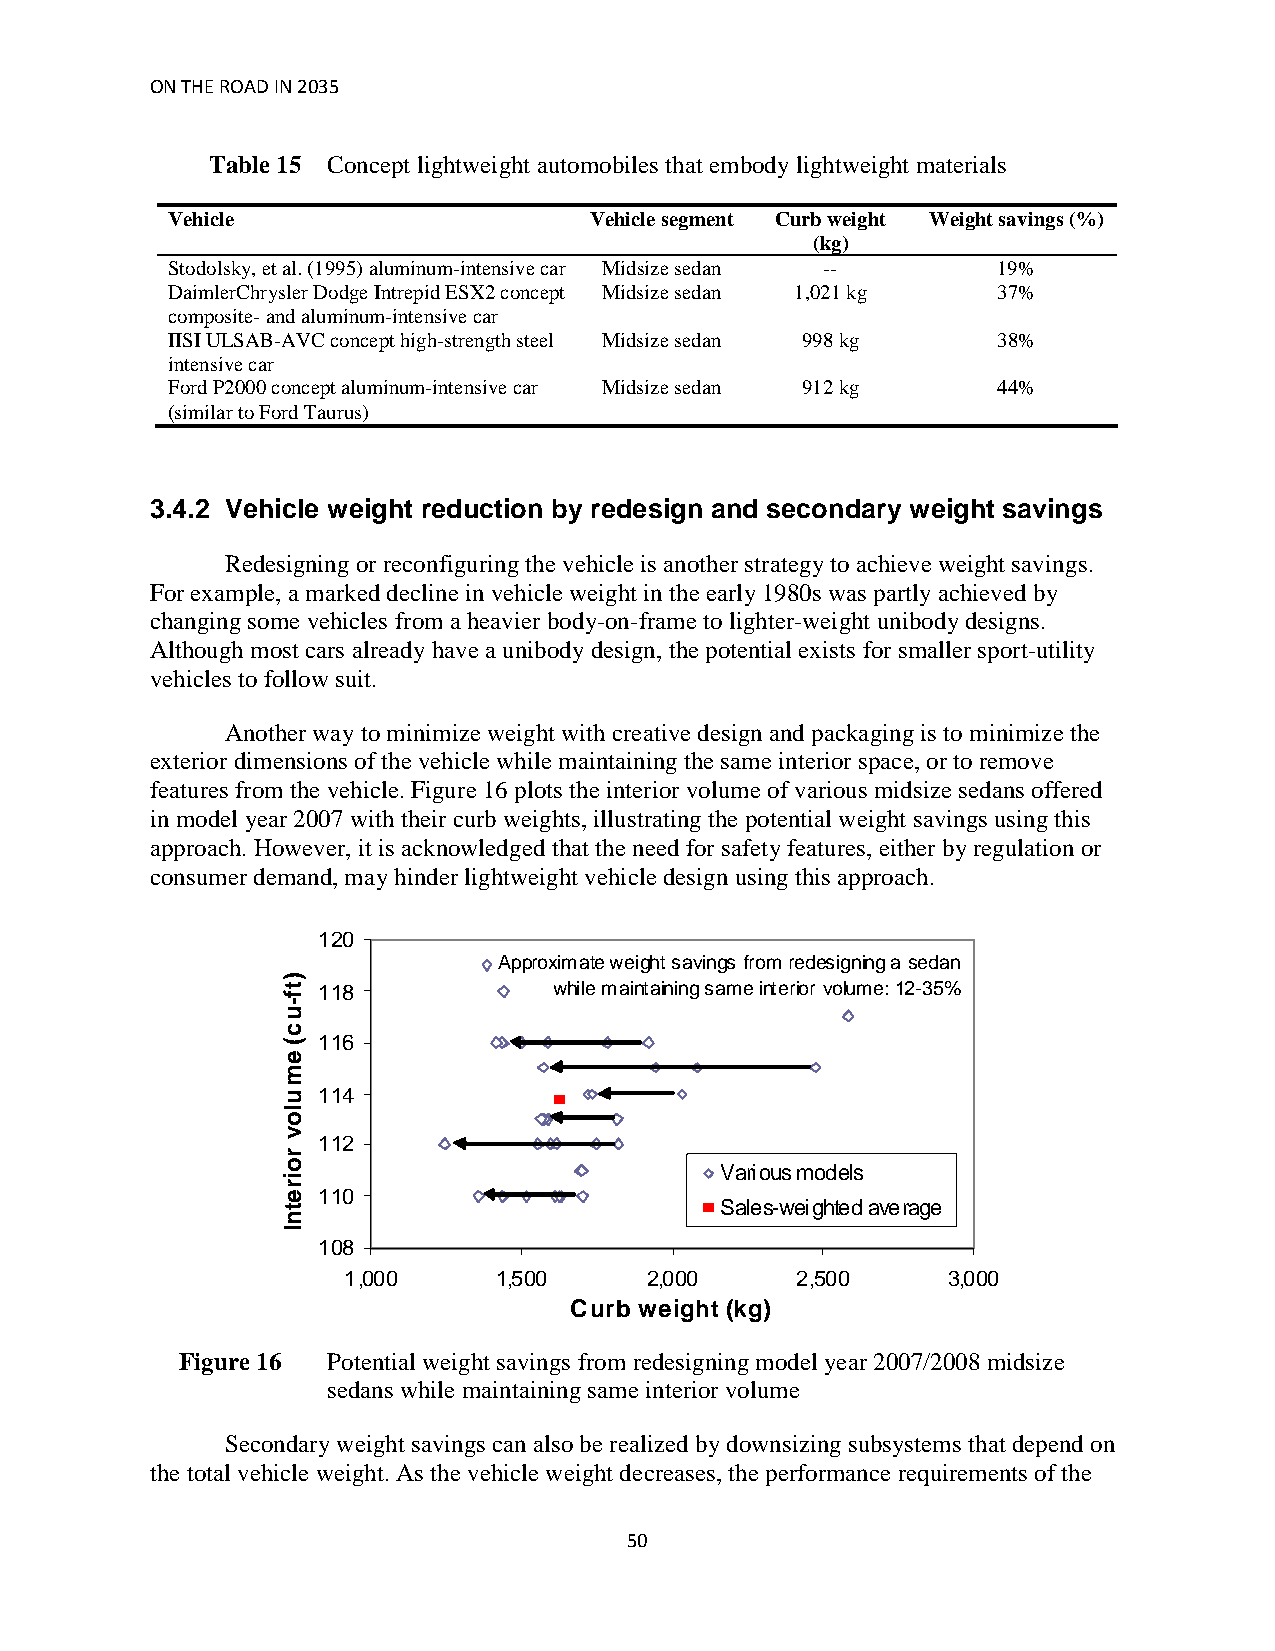
ON THE ROAD IN 2035
 Table 15 Concept lightweight automobiles that embody lightweight materials
 Vehicle                     Vehicle segment Curb weight Weight savings (%)
 (kg)
 Stodolsky, et al. (1995) aluminum-intensive car Midsize sedan -- 19%
 DaimlerChrysler Dodge Intrepid ESX2 concept Midsize sedan 1,021 kg 37%
 composite- and aluminum-intensive car
 IISI ULSAB-AVC concept high-strength steel Midsize sedan 998 kg 38%
 intensive car
 Ford P2000 concept aluminum-intensive car Midsize sedan 912 kg 44%
 (similar to Ford Taurus)
 3.4.2 Vehicle weight reduction by redesign and secondary weight savings
 Redesigning or reconfiguring the vehicle is another strategy to achieve weight savings.
 For example, a marked decline in vehicle weight in the early 1980s was partly achieved by
 changing some vehicles from a heavier body-on-frame to lighter-weight unibody designs.
 Although most cars already have a unibody design, the potential exists for smaller sport-utility
 vehicles to follow suit.
 Another way to minimize weight with creative design and packaging is to minimize the
 exterior dimensions of the vehicle while maintaining the same interior space, or to remove
 features from the vehicle. Figure 16 plots the interior volume of various midsize sedans offered
 in model year 2007 with their curb weights, illustrating the potential weight savings using this
 approach. However, it is acknowledged that the need for safety features, either by regulation or
 consumer demand, may hinder lightweight vehicle design using this approach.
 120
 Approximate weight savings from redesigning a sedan
 118             while maintaining same interior volume: 12-35%
 116
 114
 112
 Various models
 110
 Sales-weighted average
 108
 1,000     1,500     2,000     2,500     3,000
 Curb weight (kg)
 Figure 16 Potential weight savings from redesigning model year 2007/2008 midsize
 sedans while maintaining same interior volume
 Secondary weight savings can also be realized by downsizing subsystems that depend on
 the total vehicle weight. As the vehicle weight decreases, the performance requirements of the
 50
 _)tf-uc(
 emulov
 roiretnI